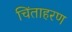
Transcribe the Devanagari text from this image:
चिंताहरण